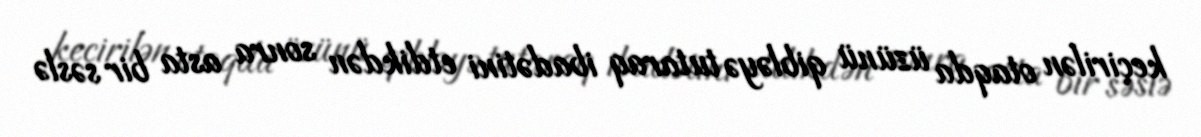
keçirilən otaqda üzünü qibləyə tutaraq ibadətini etdikdən sonra asta bir səslə